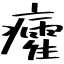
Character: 癨